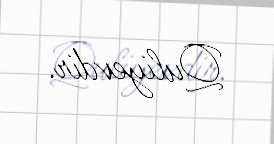
Quliyevdir.